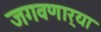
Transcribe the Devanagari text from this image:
जगवणार्‍या